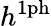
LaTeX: h^{\mathrm{1ph}}